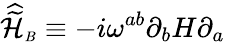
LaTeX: {\widehat{\widetilde{\cal H}}}_{\scriptscriptstyle B}\equiv-i\omega^{ab}\partial_{b}H\partial_{a}